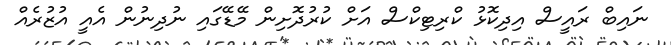
ނައިބް ރައީސް އިިދިކޮޅު ކްރިޓިކްސް އަށް ކުރުދޮށިން މޭޑޭގައި ނުދިނުން އެއީ އުޒުރެއް